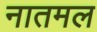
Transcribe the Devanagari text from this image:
नातमल